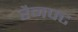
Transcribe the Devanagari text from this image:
रैनफ्‍ट